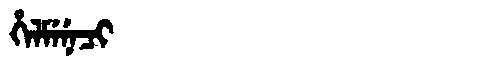
Manchu: ᡥᡝᠯᠮᡝᠨᡝᠴᡳ
Romanization: HELMENECI